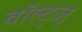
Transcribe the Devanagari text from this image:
वॉल्ट्ज्